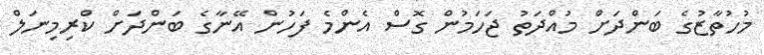
މުހުތާޒުގެ ބަންދަށް މުއްދަތު ޖަހަމުން ގޮސް އެންމެ ފަހުން އޭނާގެ ބަންދަށް ކްރިމިނަލް